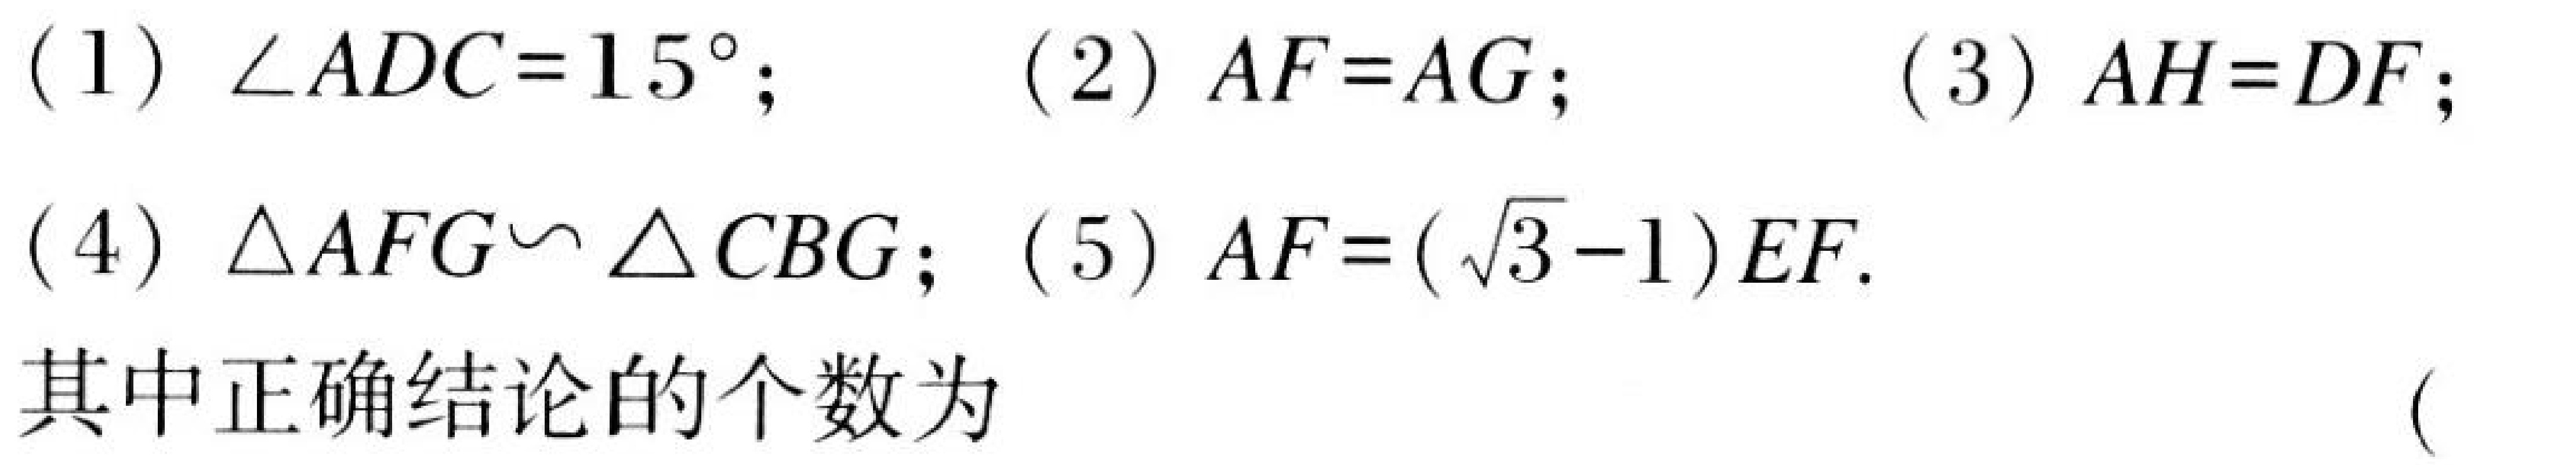
(1) $\angle ADC = 15^{\circ}$; (2) $AF = AG$; (3) $AH = DF$;
(4) $\triangle AFG\sim\triangle CBG$; (5) $AF = (\sqrt{3}-1)EF$.
其中正确结论的个数为  (